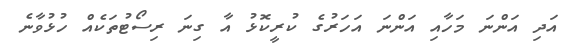
އަދި އަންނަ މަހާއި އަންނަ އަހަރުގެ ކުރީކޮޅު އާ ގިނަ ރިސޯޓުތަކެއް ހުޅުވާނެ